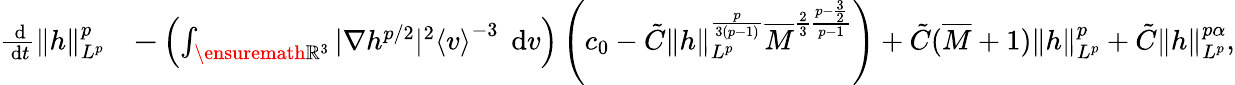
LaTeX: \begin{array}{rl}{\frac{\, \mathrm{d}}{\, \mathrm{d}t}\| h\| _{L^{p}}^{p}}&{\le-\left(\int_{\ensuremath{{\mathbb R}}^{3}}|\nabla h^{p/2}|^{2}\left\langle v\right\rangle^{-3}\; \, \mathrm{d}v\right)\left(c_{0}-\tilde{C}\| h\| _{L^{p}}^{\frac{p}{3(p-1)}}\overline{{M}}^{\frac{2}{3}\frac{p-\frac{3}{2}}{p-1}}\right)+\tilde{C}(\overline{{M}}+1)\| h\| _{L^{p}}^{p}+\tilde{C}\| h\| _{L^{p}}^{p\alpha},}\end{array}